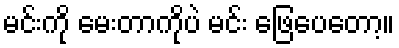
မင်းကို မေးတာကိုပဲ မင်း ဖြေပေတော့။